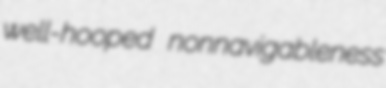
well-hooped nonnavigableness